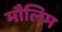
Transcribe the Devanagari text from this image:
मौलिम